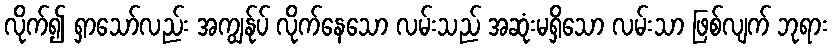
လိုက်၍ ရှာသော်လည်း အကျွန်ုပ် လိုက်နေသော လမ်းသည် အဆုံးမရှိသော လမ်းသာ ဖြစ်လျက် ဘုရား